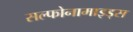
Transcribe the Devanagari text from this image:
सल्फोनामाइड्स